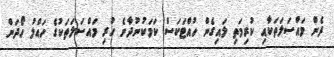
ދެން މައްސަލަތަކާއި ކުރިމަތި ލައިގެން ހުއްޓަކަސް ކަމަކުނުދާނެ ހުރި މައްސަލަތަކުގެ ހައްލު ހޯދަން